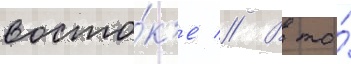
восто́к'е // В то́